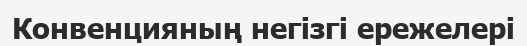
Конвенцияның негізгі ережелері